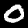
Label: 0